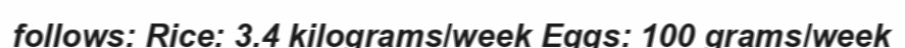
follows: Rice: 3.4 kilograms/week Eggs: 100 grams/week